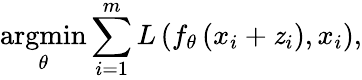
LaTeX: \underset{\theta}{\operatorname{argmin}}\sum_{i=1}^{m}L\left(f_{\theta}\left(x_{i}+\mathit{z}_{i}\right),x_{i}\right),